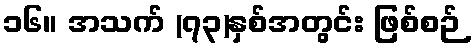
၁၆။ အသက် (၇၃)နှစ်အတွင်း ဖြစ်စဉ်